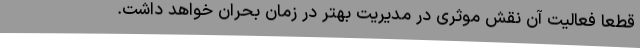
قطعا فعالیت آن نقش موثری در مدیریت بهتر در زمان بحران خواهد داشت.